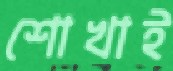
শোখাই